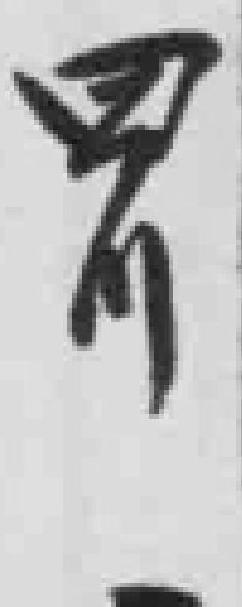
四川